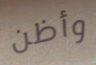
وأظن